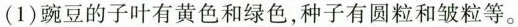
(1)豌豆的子叶有黄色和绿色，种子有圆粒和皱粒等。